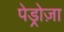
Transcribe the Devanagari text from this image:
पेड्रोज़ा